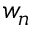
w _ { n }